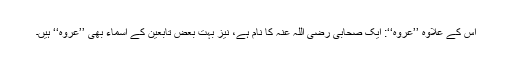
اس کے علاوہ ’’عروہ‘‘: ایک صحابی رضی اللہ عنہ کا نام ہے، نیز بہت بعض تابعین کے اسماء بھی ’’عروہ‘‘ ہیں۔